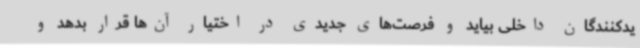
یدکنندگان داخلی بیاید و فرصت‌های جدیدی در اختیار آن‌ها قرار بدهد و